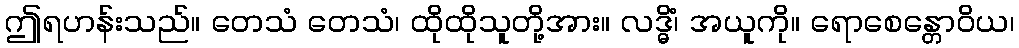
ဤရဟန်းသည်။ တေသံ တေသံ၊ ထိုထိုသူတို့အား။ လဒ္ဓိံ၊ အယူကို။ ရောစေန္တောဝိယ၊